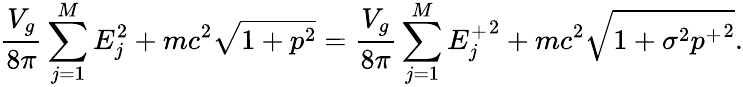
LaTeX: \frac{V_{g}}{8\pi}\sum_{j=1}^{M}E_{j}^{2}+mc^{2}\sqrt{1+p^{2}}=\frac{V_{g}}{8\pi}\sum_{j=1}^{M}{E_{j}^{+}}^{2}+mc^{2}\sqrt{1+\sigma^{2}{p^{+}}^{2}}.